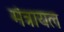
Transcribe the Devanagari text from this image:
मंत्रायल